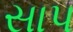
સાપ